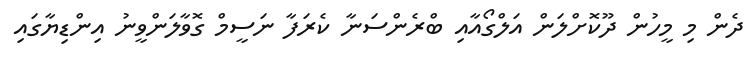
ދެން މި މީހުން ދޫކޮށްލަން އަލްގޯއާއި ބްރެންސަނާ ކެރަފާ ނަސީމް ގޮވާލަންވީނު އިންޑިޔާގައި